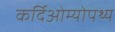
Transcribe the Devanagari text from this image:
कर्दिओम्योपथ्य